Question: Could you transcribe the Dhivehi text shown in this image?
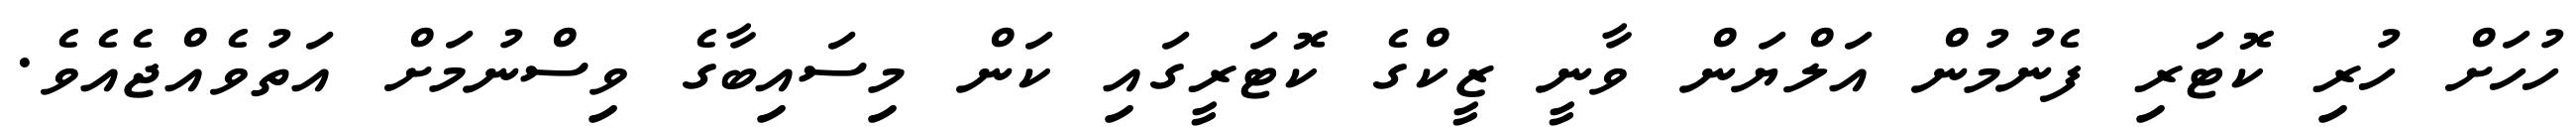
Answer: ހުހަށް ހުރި ކޮޓަރި ފެނުމުން އަލްޔަން ވާނީ ޒީކްގެ ކޮޓަރީގައި ކަން މިސައިބާގެ ވިސްނުމަށް އަތުވެއްޖެއެވެ.